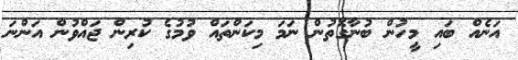
އަނެއް ބައި މީހުން ބުނާގޮތުން ނަމަ މިކަންތައް ވުމުގެ ކުރިން ޖައްވުން އަންނަ